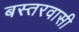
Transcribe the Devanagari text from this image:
बस्तरवासी